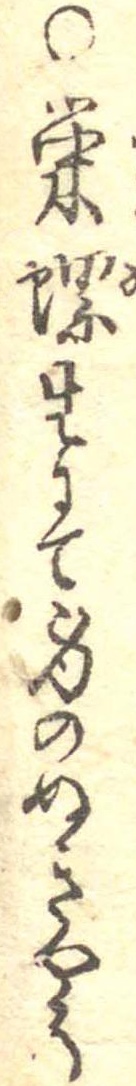
○栄螺生にて身のぬきやう